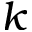
k